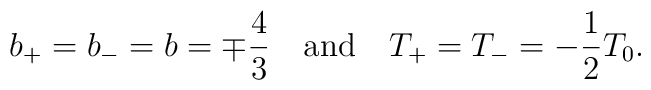
b_+ =b_- = b = \mp\frac{4}{3}\,\,\,\,\,\, \mbox{and}\,\,\,\,\,\, T_+ =T_- =-\frac{1}{2}T_0 .